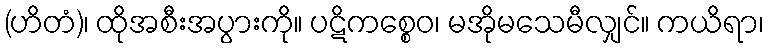
(ဟိတံ)၊ ထိုအစီးအပွားကို။ ပဋိကစ္စေဝ၊ မအိုမသေမီလျှင်။ ကယိရာ၊